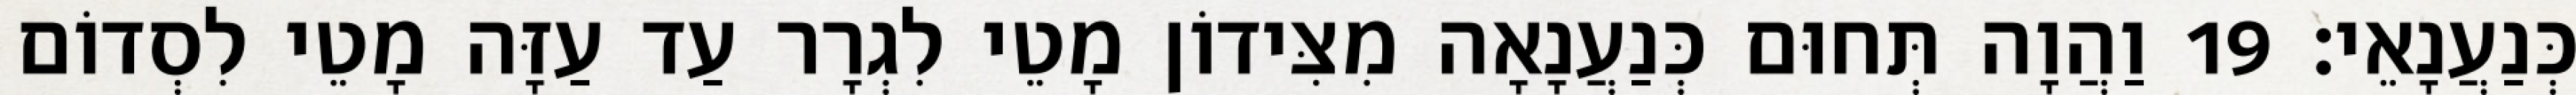
כְּנַעֲנָאֵי׃ 19 וַהֲוָה תְּחוּם כְּנַעֲנָאָה מִצִּידוֹן מָטֵי לִגְרָר עַד עַזָּה מָטֵי לִסְדוֹם